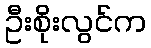
ဦးစိုးလွင်က